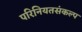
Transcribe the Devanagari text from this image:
परिनियतसंकल्प